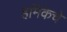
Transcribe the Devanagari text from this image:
हर्मिकेचे